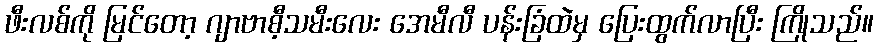
ဖီးလစ်ကို မြင်တော့ ဂျာဗာစီ့သမီးလေး အေမီလီ ပန်းခြံထဲမှ ပြေးထွက်လာပြီး ကြိုသည်။